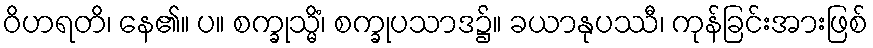
ဝိဟရတိ၊ နေ၏။ ပ။ စက္ခုသ္မိံ၊ စက္ခုပသာဒ၌။ ခယာနုပဿီ၊ ကုန်ခြင်းအားဖြစ်